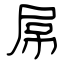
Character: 屌